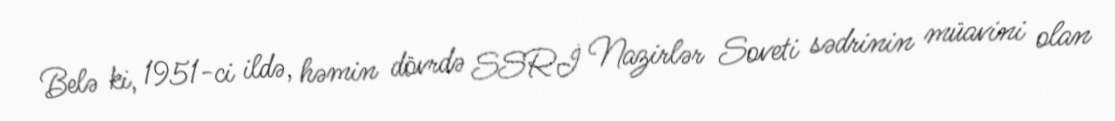
Belə ki, 1951-ci ildə, həmin dövrdə SSRİ Nazirlər Soveti sədrinin müavini olan